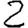
Digit: 2